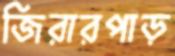
জিরারপাড়